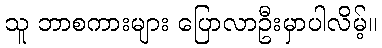
သူ ဘာစကားများ ပြောလာဦးမှာပါလိမ့်။